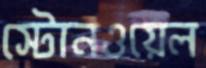
স্টোনওয়েল